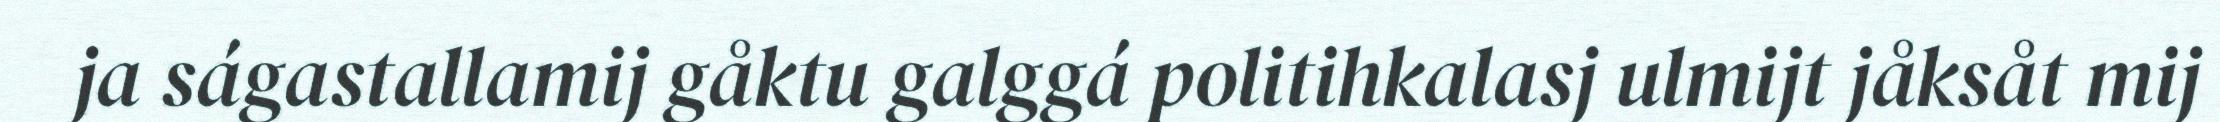
ja ságastallamij gåktu galggá politihkalasj ulmijt jåksåt mij